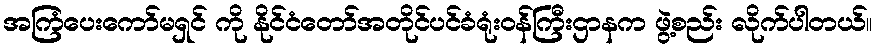
အကြံပေးကော်မရှင် ကို နိုင်ငံတော်အတိုင်ပင်ခံရုံးဝန်ကြီးဌာနက ဖွဲ့စည်း လိုက်ပါတယ်။